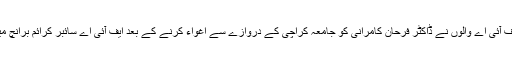
چار اکتوبر دو ہزار سولہ کی منحوس شام جب ایف آئی اے والوں نے ڈاکٹر فرحان کامرانی کو جامعہ کراچی کے دروازے سے اغواء کرنے کے بعد ایف آئی اے سائبر کرائم برانچ میں قید کیا اس وقت بھی انہیں ہتھکڑی لگائی گئی۔